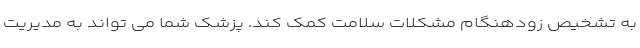
به تشخیص زودهنگام مشکلات سلامت کمک کند. پزشک شما می تواند به مدیریت